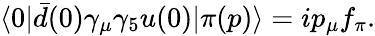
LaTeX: \langle 0|\bar{d}(0)\gamma_{\mu}\gamma_{5}u(0)|\pi(p)\rangle=ip_{\mu}f_{\pi}.